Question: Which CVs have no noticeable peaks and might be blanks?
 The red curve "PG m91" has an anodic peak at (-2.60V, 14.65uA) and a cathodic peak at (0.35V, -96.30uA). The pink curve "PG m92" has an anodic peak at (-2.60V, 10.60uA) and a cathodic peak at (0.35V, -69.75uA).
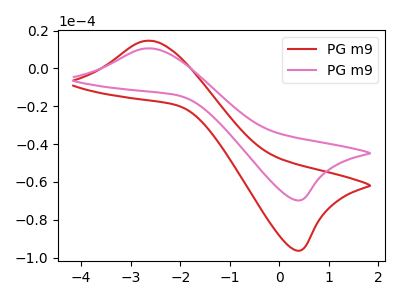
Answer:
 <answer>There are not any CV's on this graph that are likely to be blanks.</answer>
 <eval>none</eval>